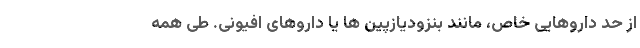
از حد داروهایی خاص، مانند بنزودیازپین ها یا داروهای افیونی. طی همه